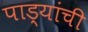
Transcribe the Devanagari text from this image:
पाड्यांची